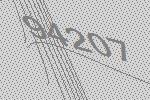
94207